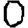
Digit: 0